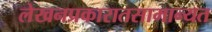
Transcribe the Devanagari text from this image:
लेखनप्रकारातसामान्यत